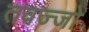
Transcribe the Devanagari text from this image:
तवज्‍जो